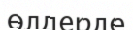
өлдерде